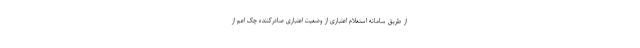
از طریق سامانه استعلام اعتباری از وضعیت اعتباری صادرکننده چک اعم از